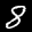
Label: 8